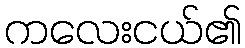
ကလေးငယ်၏